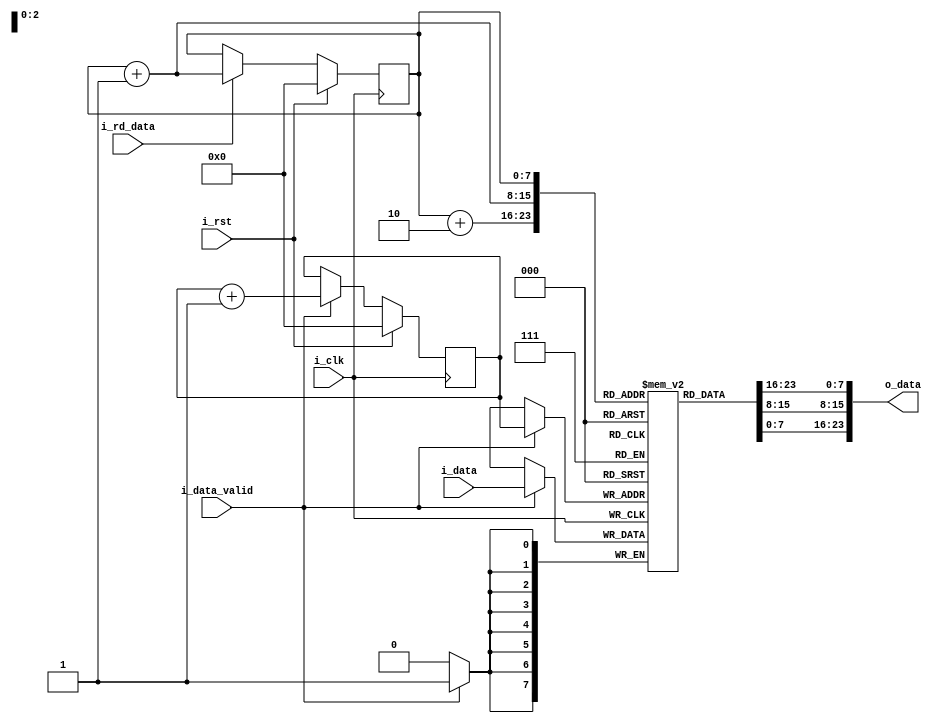
`timescale 1ns / 1ps
//////////////////////////////////////////////////////////////////////////////////
// Company: 
// Engineer: 
// 
// Design Name: 
// Module Name: lineBuffer
// Project Name: 
// Target Devices: 
// Tool Versions: 
// Description: 
// 
// Dependencies: 
// 
// Revision:
// Revision 0.01 - File Created
// Additional Comments:
// 
//////////////////////////////////////////////////////////////////////////////////


module lineBuffer(
input   i_clk,
input   i_rst,
input [7:0] i_data,
input   i_data_valid,
output [23:0] o_data,
input i_rd_data
);
parameter bufferSize = 256;
parameter pntrWidth = $clog2(bufferSize);




reg [7:0] line [bufferSize - 1:0]; //line buffer
reg [pntrWidth - 1:0] wrPntr;
reg [pntrWidth - 1:0] rdPntr;

always @(posedge i_clk)
begin
    if(i_data_valid)
        line[wrPntr] <= i_data;
end

always @(posedge i_clk)
begin
    if(i_rst)
        wrPntr <= 'd0;
    else if(i_data_valid)
        wrPntr <= wrPntr + 'd1;
end

assign o_data = {line[rdPntr],line[rdPntr+1],line[rdPntr+2]};

always @(posedge i_clk)
begin
    if(i_rst)
        rdPntr <= 'd0;
    else if(i_rd_data)
        rdPntr <= rdPntr + 'd1;
end


endmodule